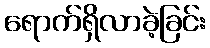
ရောက်ရှိလာခဲ့ခြင်း